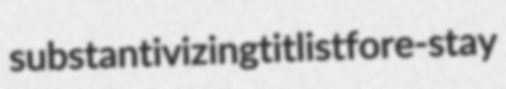
substantivizing titlist fore-stay